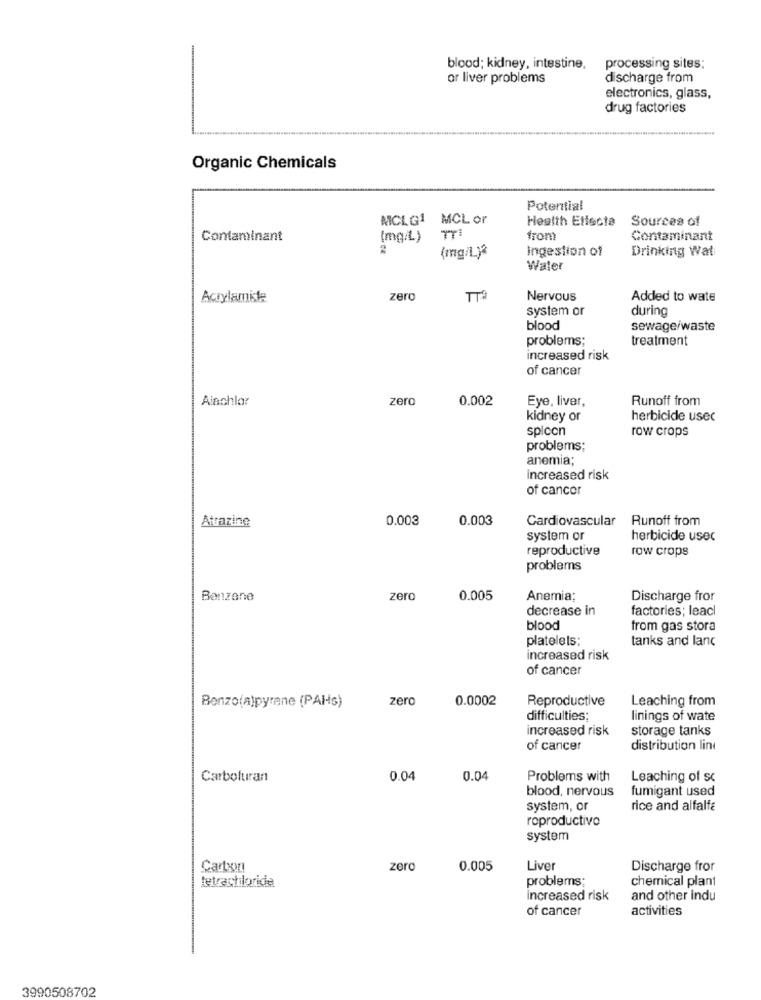
blood; kidney, intestine,
processing sites;
or liver problems
discharge from
electronics, glass,
drug factories
Organic Chemicals
Potential
MCLG1 MCL or
Health Effects
Sources of
Contaminant
(mg/L)
from
Contaminant
Ingestion of
Drinking Wat
(mg/L)*
Water
Acrylamiste
zero
Nervous
Added to wate
system or
during
blood
sewage/waste
problems;
treatment
increased risk
of cancer
Alachlor
zero
0.002
Eye, liver,
Runoff from
kidney or
herbicide usec
spicon
row crops
problems;
anemia;
increased risk
of cancer
Atrazine
0.003
0.003
Cardiovascular
Runoff from
system or
herbicide usec
reproductive
row crops
problems
Benzene
zero
0.005
Anemia;
Discharge fror
decrease in
factories; leacl
blood
from gas stora
platelets:
tanks and lanc
increased risk
of cancer
Benzo(a)pyrene (PAHs)
zero
0.0002
Reproductive
Leaching from
difficulties;
linings of wate
increased risk
storage tanks
of cancer
distribution line
Carbofuran
0.04
0.04
Problems with
Leaching of sc
blood, nervous
fumigant used
system, or
rice and alfalfa
roproductivo
system
Carbon
zero
0.005
Liver
Discharge fror
tetrachloride
problems;
chemical plant
increased risk
and other indu
of cancer
activities
3990508702